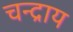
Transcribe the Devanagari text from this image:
चन्द्राय